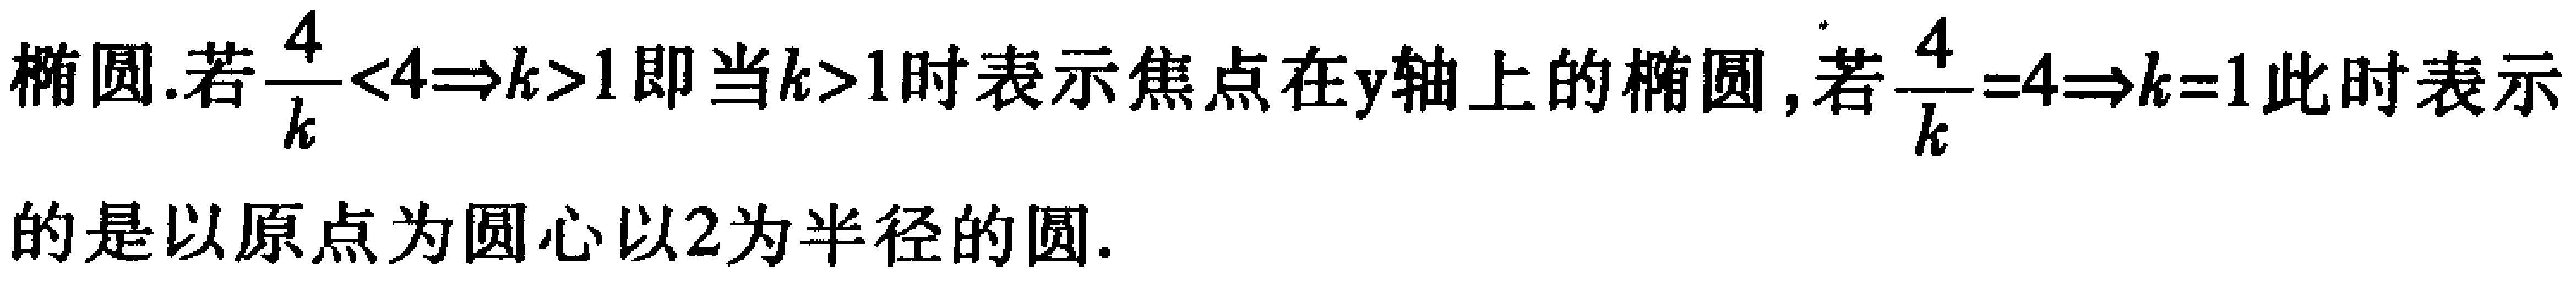
椭圆.若$\frac{4}{k}<4\Rightarrow k > 1$即当$k>1$时表示焦点在$y$轴上的椭圆,若$\frac{4}{k}=4\Rightarrow k = 1$此时表示的是以原点为圆心以$2$为半径的圆.